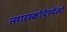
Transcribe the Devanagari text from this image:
त्सारस्कोयेस्येलो